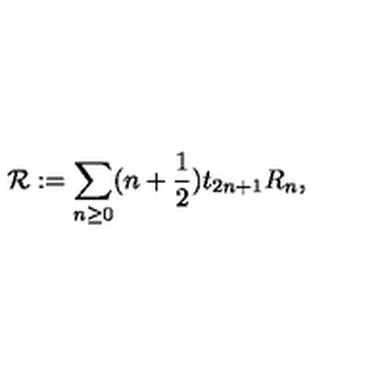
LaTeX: { \cal R } : = \sum _ { n \geq 0 } ( n + \frac { 1 } { 2 } ) t _ { 2 n + 1 } R _ { n } ,